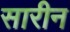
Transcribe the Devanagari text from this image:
सारीन